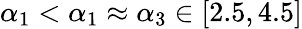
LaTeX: \alpha_{1}<\alpha_{1}\approx\alpha_{3}\in[2.5,4.5]